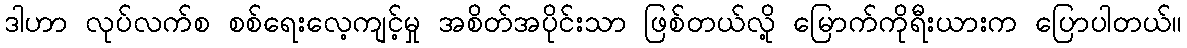
ဒါဟာ လုပ်လက်စ စစ်ရေးလေ့ကျင့်မှု အစိတ်အပိုင်းသာ ဖြစ်တယ်လို့ မြောက်ကိုရီးယားက ပြောပါတယ်။